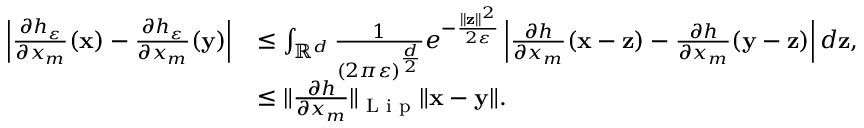
\begin{array} { r l } { \left| \frac { \partial h _ { \varepsilon } } { \partial x _ { m } } ( \mathbf { x } ) - \frac { \partial h _ { \varepsilon } } { \partial x _ { m } } ( \mathbf { y } ) \right| } & { \leq \int _ { \mathbb { R } ^ { d } } \frac { 1 } { ( 2 \pi \varepsilon ) ^ { \frac { d } { 2 } } } e ^ { - \frac { \| \mathbf { z } \| ^ { 2 } } { 2 \varepsilon } } \left| \frac { \partial h } { \partial x _ { m } } ( \mathbf { x } - \mathbf { z } ) - \frac { \partial h } { \partial x _ { m } } ( \mathbf { y } - \mathbf { z } ) \right| d \mathbf { z } , } \\ & { \leq \| \frac { \partial h } { \partial x _ { m } } \| _ { \textup { L i p } } \| \mathbf { x } - \mathbf { y } \| . } \end{array}